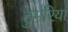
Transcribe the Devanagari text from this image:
ठुमरियां